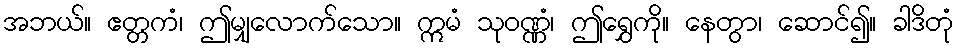
အဘယ်။ ဧတ္တကံ၊ ဤမျှလောက်သော။ ဣမံ သုဝဏ္ဏံ၊ ဤရွှေကို။ နေတွာ၊ ဆောင်၍။ ခါဒိတုံ